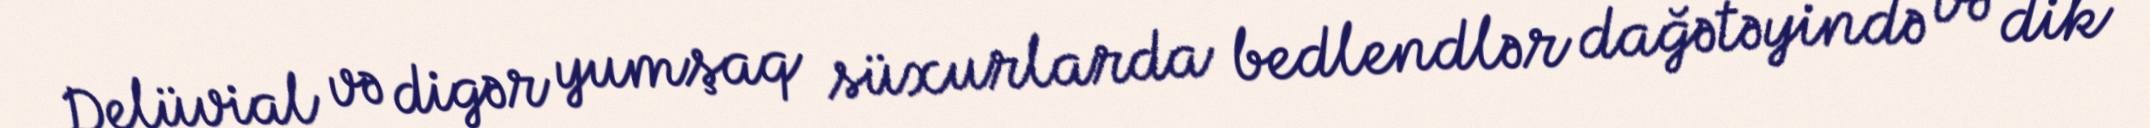
Delüvial və digər yumşaq süxurlarda bedlendlər dağətəyində və dik